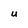
Character: U